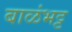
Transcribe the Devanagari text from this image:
बाळंभट्ट